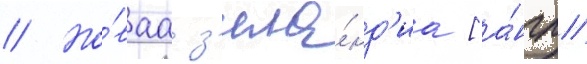
// Но́ваа з'ела́нд'иа [а́нгл.